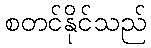
စတင်နိုင်သည်